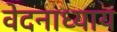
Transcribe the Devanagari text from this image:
वेदनाध्याय